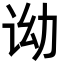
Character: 𬣦